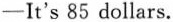
-It's 85 dollars.